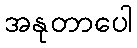
အနုတာပေါ